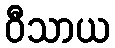
ဝီသာယ